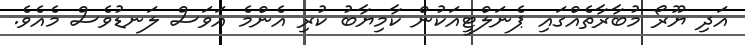
އަދި ޔޫރޯ މުބާރާތެއްގައި ޕެނަލްޓީއަކުން ކާމިޔާބު ކުރި އެންމެ އަވަސް ލަނޑުވެސް މެއެވެ.